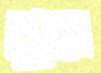
মুড়বে